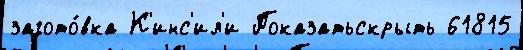
загото́вка К'инс'ил'и Показатьскрыть 61815